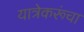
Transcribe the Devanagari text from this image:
यात्रेकरूंचा